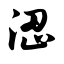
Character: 涩